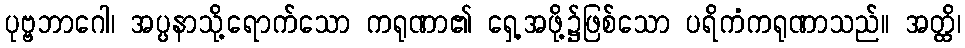
ပုဗ္ဗဘာဂေါ၊ အပ္ပနာသို့ရောက်သော ကရုဏာ၏ ရှေ့အဖို့၌ဖြစ်သော ပရိကံကရုဏာသည်။ အတ္ထိ၊